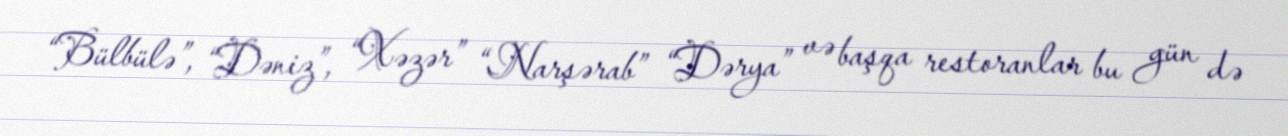
“Bülbülə”, “Dəniz”, “Xəzər” “Narşərab” “Dərya” və başqa restoranlar bu gün də